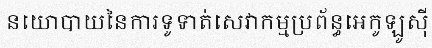
នយោបាយនៃការទូទាត់សេវាកម្មប្រព័ន្ធអេកូឡូស៊ី